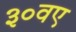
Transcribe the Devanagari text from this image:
३०वए